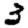
Digit: 3